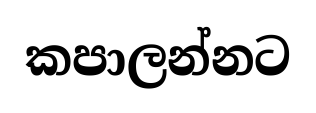
කපාලන්නට